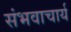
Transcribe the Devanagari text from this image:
संभवाचार्य